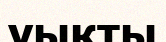
уықты